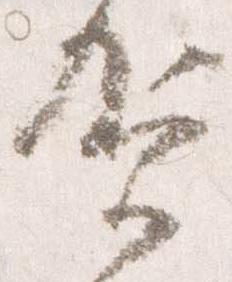
賀